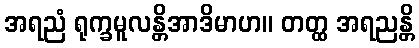
အရညံ ရုက္ခမူလန္တိအာဒိမာဟ။ တတ္ထ အရညန္တိ